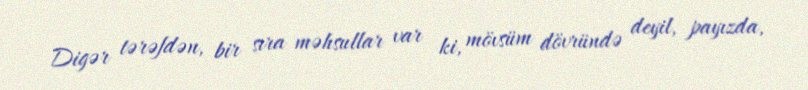
Digər tərəfdən, bir sıra məhsullar var ki, mövsüm dövründə deyil, payızda,